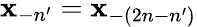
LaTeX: {\mathbf x}_{-n^{\prime}}={\mathbf x}_{-(2n-n^{\prime})}